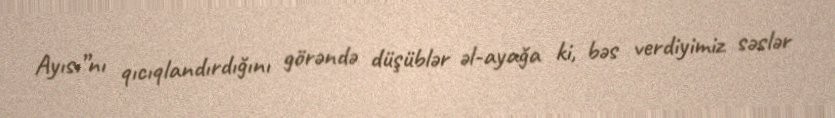
Ayısı”nı qıcıqlandırdığını görəndə düşüblər əl-ayağa ki, bəs verdiyimiz səslər